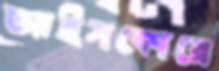
আইসকোরে